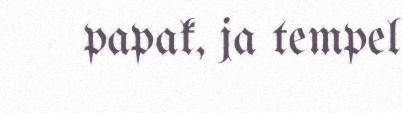
papak, ja tempel